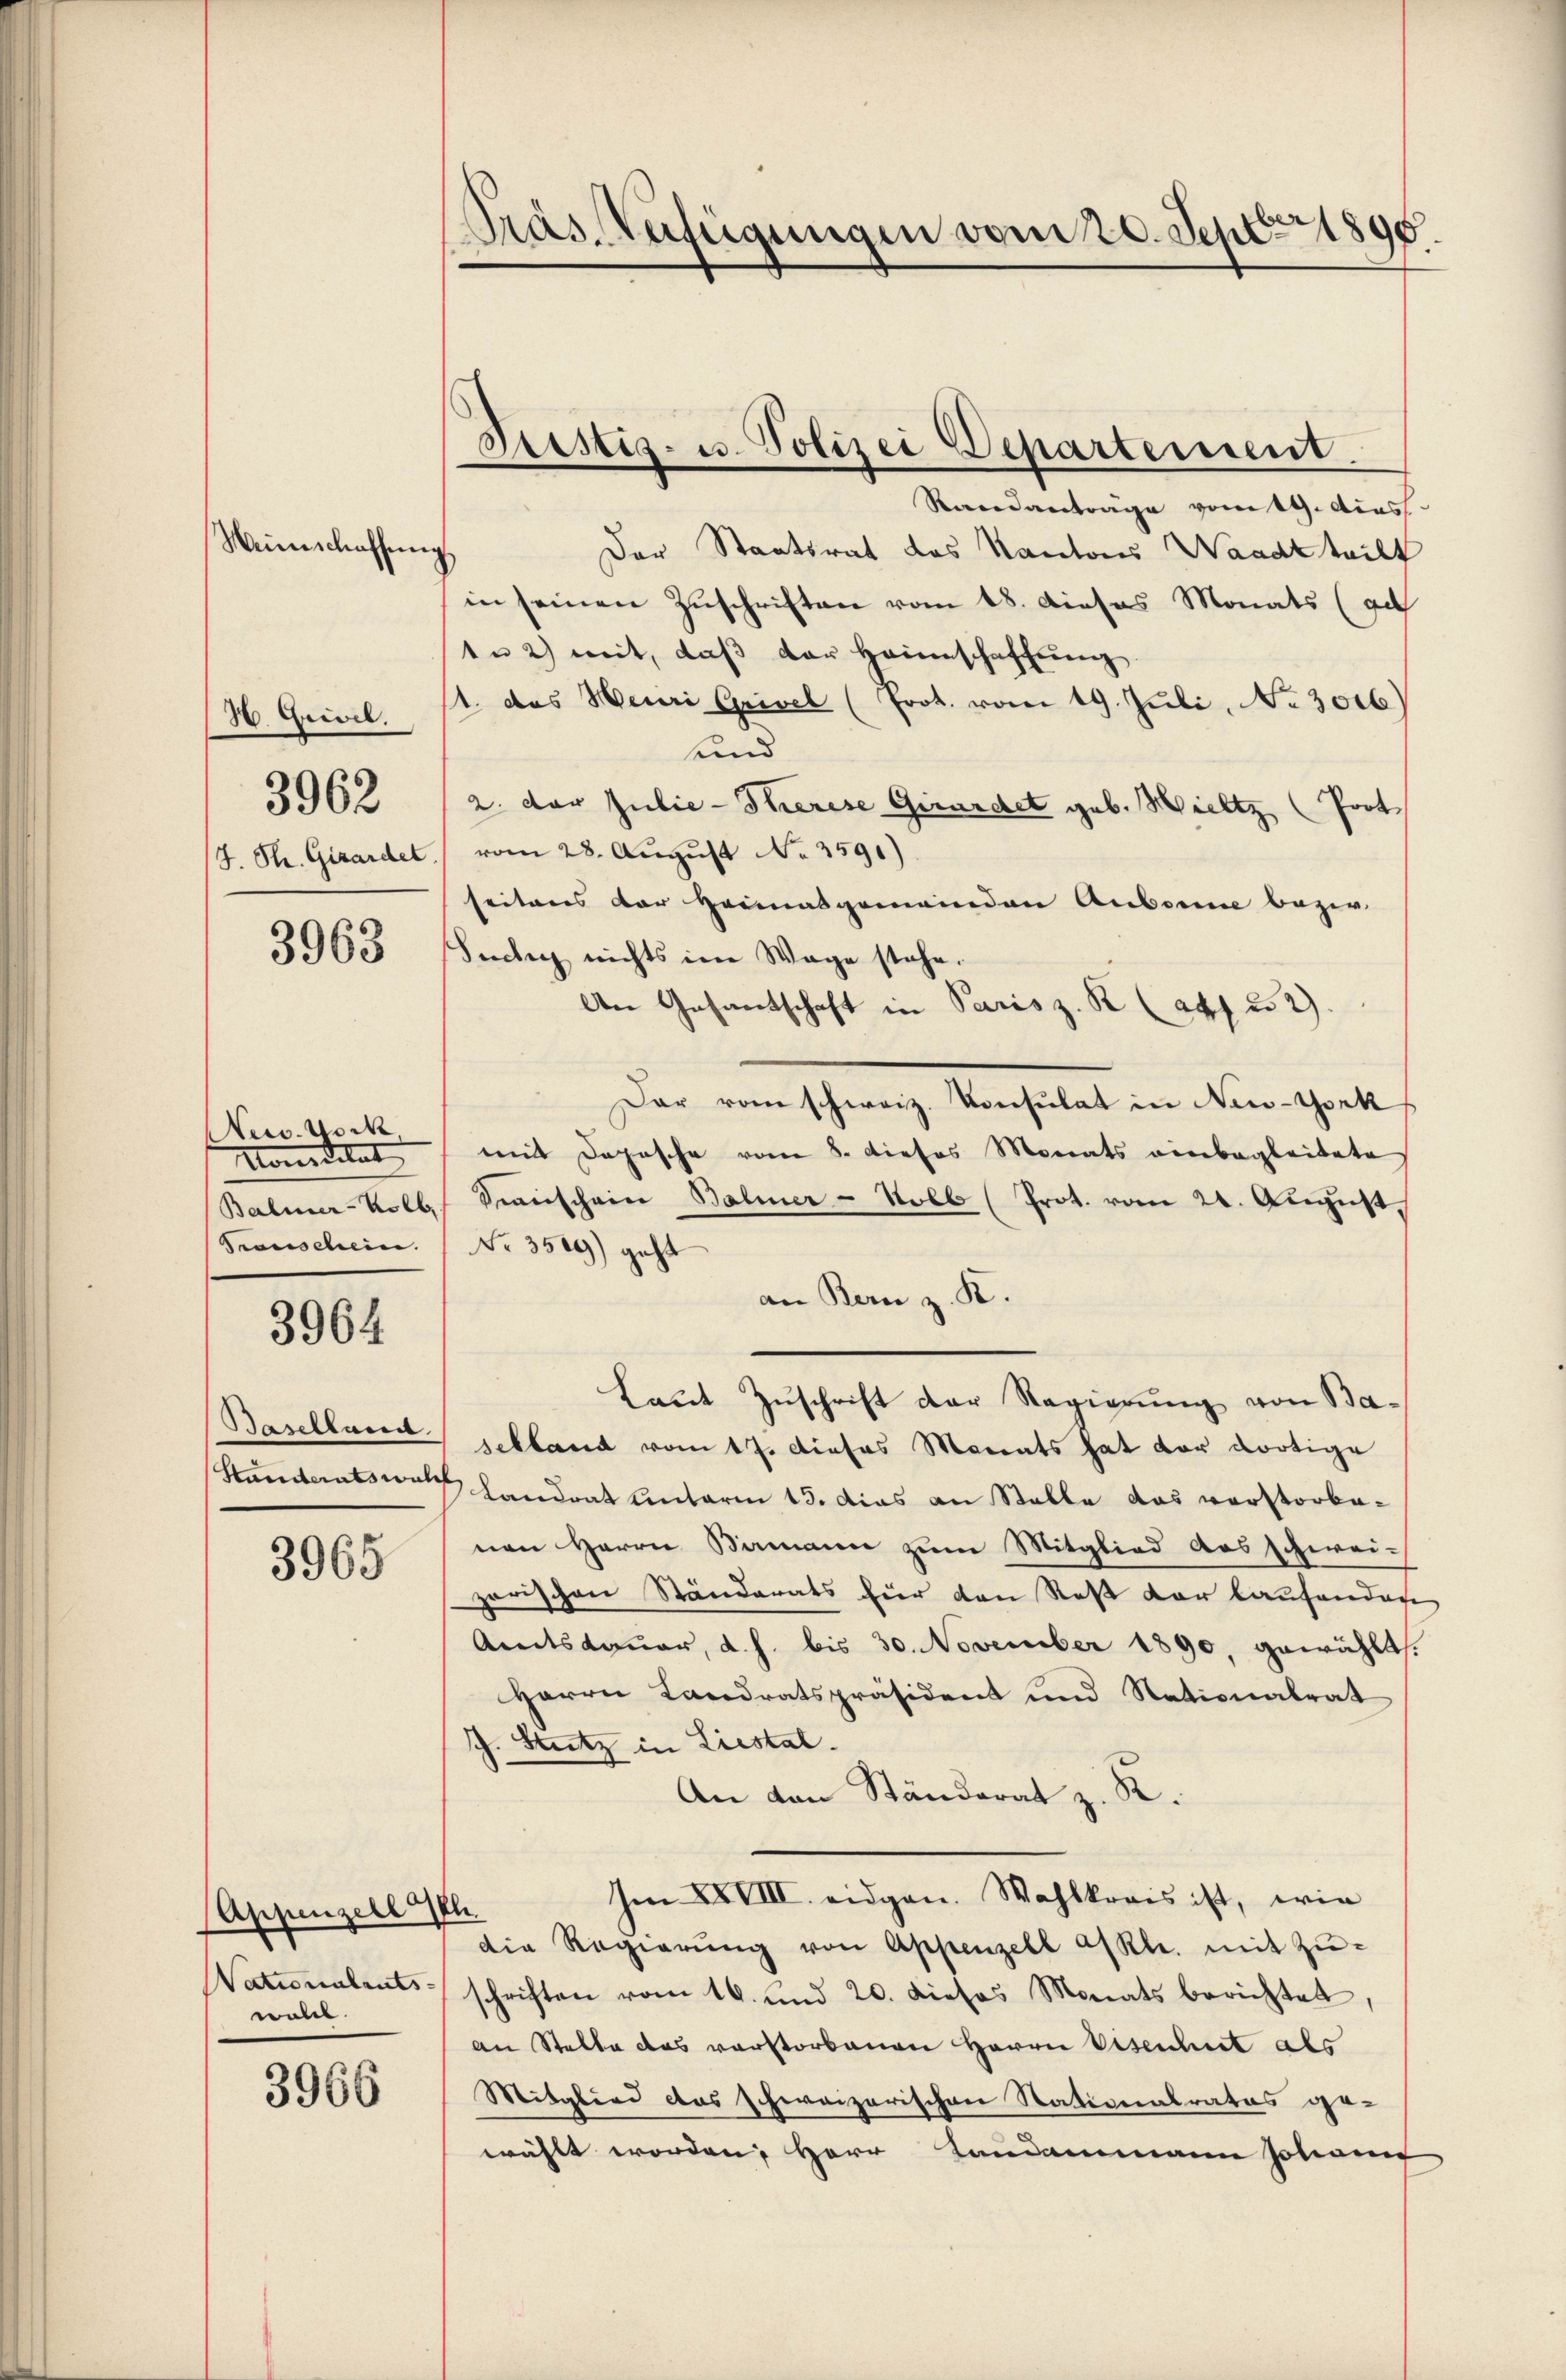
Weinschaffŭng
H. Grivel.
3962
J. Ph. Girardet

3963

Nec. Nock
Konditat
Balmer-Kolb.
Sronschein.

3964

Baselland
Standteratswahl

3965

(Appenzell 178
Nationalrats-
wolcl.

3966

Pras Verfügungen vom 20. Sept. 1895.

Justiz- u. Polizei Departement.

Randanträge vom 19. Acas.
Der Staatsrat das Kantons Waadtteilt
in seinen Zuschriften vom 18. Dieses Monats (ge
tu 2) mit, daß der Heinschaffung
1. das Meuri Grivel (Prot. vom 19. Juli, No 3016)
und
2. der Julie - Therese Girardet geb. Hieltz (Prot
vom 28. August No. 3591)
seitens der Heimatgemeinden Aubonne bezir
Suchy nichts im Wage stehe.
An Gesantschaft in Paris z. R. (auf 22).
Dar vom schweiz. Konsulat in New-York
mit Depesche vom 8. dieses Monats einbegleitete
Sianschein Balmer-Nolb (Prot. vom 24. August,
Nr. 3500) geht
an Bern z. K.
Laut Zuschrift der Regierung von Ba-
schland vom 17. Dieses Monats hat vor dortige
Landrat Unterm 13. das an Stalle das verstorbe-
nen Herrn Bamann zum Mitglied das schweizarischen Ständerats für den Roß der laufendete
Amtsdauer, d. h. bis 30. November 1890, gewählt.
Herrn Landratspräsident und Nationalrat
h. Stutz in Liestal.
An den Ständerat z. R.
Im XXVIII. eidgen. Wahlkreis ist, wie
.
die Regierŭng von Appenzell a/Rh. mit Zŭ-
schriften vom 16. und 20. dieses Monats berichtet,
an Stelle das verstorbenen Herrn Eisenheit als
Mitglied das schereizerischen Nationalrates ge-
wählt worden, Herr Landammann solan